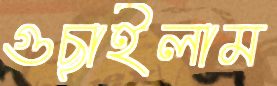
গুছাইলাম